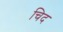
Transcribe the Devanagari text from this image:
चिद